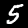
Digit: 5